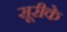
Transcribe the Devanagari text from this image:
सूरीके